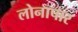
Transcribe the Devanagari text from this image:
लोनापार